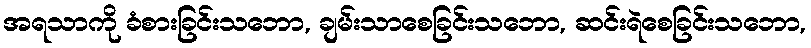
အရသာကို ခံစားခြင်းသဘော, ချမ်းသာစေခြင်းသဘော, ဆင်းရဲစေခြင်းသဘော,